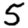
Digit: 5